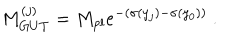
M _ { G U T } ^ { ( j ) } = M _ { p l } e ^ { - ( \sigma ( y _ { j } ) - \sigma ( y _ { 0 } ) ) } ~ . ~ \,